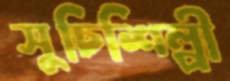
সুচিশিল্পী